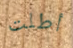
أطلت